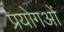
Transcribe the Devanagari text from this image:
प्रयोगओं